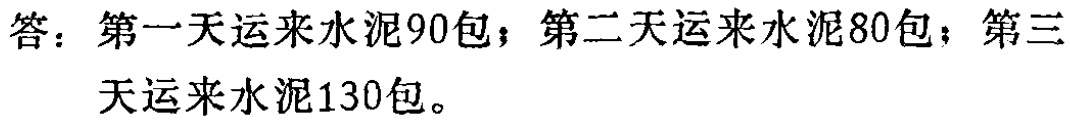
答：第一天运来水泥90包；第二天运来水泥80包；第三天运来水泥130包。